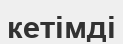
кетімді